Indian journal of veterinary science and animal husbandry - Volumes 22-23, 1952-1953
Year: 1952
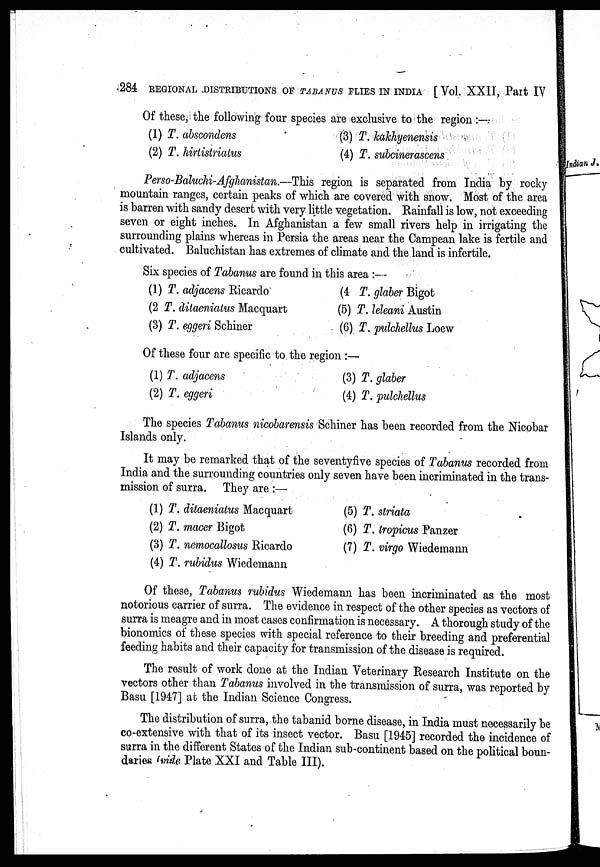
284 REGIONAL DISTRIBUTIONS OF TABANUS FLIES IN INDIA [Vol. XXII, Part IV
Of these, the following four species are exclusive to the region:-
(1) T. abscondens
(2) T. hirtistriatus
(3) T. kakhyenensis
(4) T. subcinerascens
Perso-Baluchi-Afghanistan.—This region is separated from India by rocky
mountain ranges, certain peaks of which are covered with snow. Most of the area
is barren with sandy desert with very little vegetation. Rainfall is low, not exceeding
seven or eight inches. In Afghanistan a few small rivers help in irrigating the
surrounding plains whereas in Persia the areas near the Campean lake is fertile and
cultivated. Baluchistan has extremes of climate and the land is infertile.
Six species of Tabanus are found in this area:—
(1) T. adjacens Ricardo
(2 T. ditaeniatus Macquart
(3) T. eggeri Schiner
(4 T. glaber Bigot
(5) T. leleani Austin
(6) T. pulchellus Loew
Of these four are specific to the region:—
(1) T. adjacens
(2) T. eggeri
(3) T. glaber
(4) T. pulchellus
The species Tabanus nicobarensis Schiner has been recorded from the Nicobar
Islands only.
It may be remarked that of the seventyfive species of Tabanus recorded from
India and the surrounding countries only seven have been incriminated in the trans-
mission of surra. They are:—
(1) T. ditaeniatus Macquart
(2) T. macer Bigot
(3) T. nemocallosus Ricardo
(4) T. rubidus Wiedemann
(5) T. striata
(6) T. tropicus Panzer
(7) T. virgo Wiedemann
Of these, Tabanus rubidus Wiedemann has been incriminated as the most
notorious carrier of surra. The evidence in respect of the other species as vectors of
surra is meagre and in most cases confirmation is necessary. A thorough study of the
bionomics of these species with special reference to their breeding and preferential
feeding habits and their capacity for transmission of the disease is required.
The result of work done at the Indian Veterinary Research Institute on the
vectors other than Tabanus involved in the transmission of surra, was reported by
Basu [1947] at the Indian Science Congress.
The distribution of surra, the tabanid borne disease, in India must necessarily be
co-extensive with that of its insect vector. Basu [1945] recorded the incidence of
surra in the different States of the Indian sub-continent based on the political boun-
daries (vide Plate XXI and Table III).